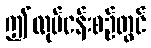
ဤလုပ်ငန်းစဉ်တွင်